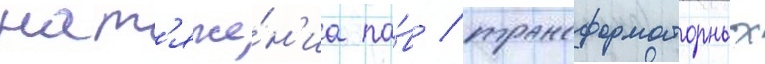
нат'яже́н'иа па́в / трансформаторных